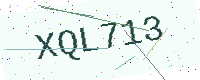
Text: XQL713